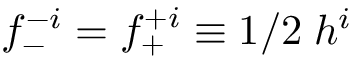
f _ { - } ^ { - i } = f _ { + } ^ { + i } \equiv 1 / 2 \; h ^ { i }